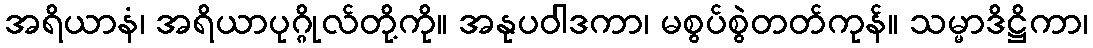
အရိယာနံ၊ အရိယာပုဂ္ဂိုလ်တို့ကို။ အနုပဝါဒကာ၊ မစွပ်စွဲတတ်ကုန်။ သမ္မာဒိဋ္ဌိကာ၊